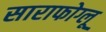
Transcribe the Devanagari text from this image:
साराफोग्लू